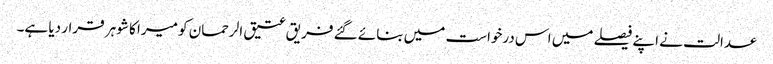
عدالت نے اپنے فیصلے میں اس درخواست میں بنائے گئے فریق عتیق الرحمان کو میرا کا شوہر قرار دیا ہے۔